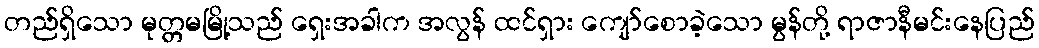
တည်ရှိသော မုတ္တမမြို့သည် ရှေးအခါက အလွန် ထင်ရှား ကျော်စောခဲ့သော မွန်တို့ ရာဇာနီမင်းနေပြည်